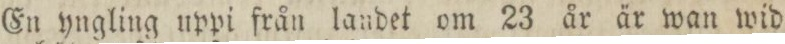
En yngling uppi från landet om 23 år är wan wid